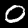
Digit: 0